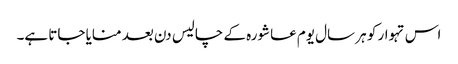
اس تہوار کو ہر سال یوم عاشورہ کے چالیس دن بعد منایا جاتا ہے۔